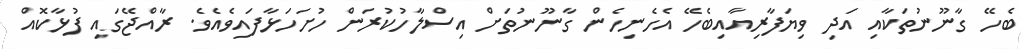
ބެހޭ ގާނޫނުތަކާއި އަދި ވިޔަފާރިއާއިބެހޭ އެހެނިހެން ގާނޫނުތަށް އިސްލާހުކުރަން ހުށަހަޅާފައިވެއެވެ. ރާއްޖޭގައި ފުޅާކޮއް